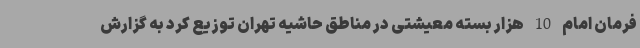
فرمان امام 10 هزار بسته معیشتی در مناطق حاشیه تهران توزیع کرد به گزارش